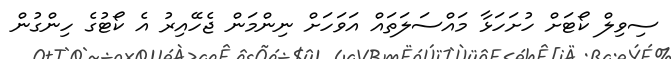
ސިވިލް ކޯޓަށް ހުށަހަޅާ މައްސަލަތައް އަވަހަށް ނިންމަން ޖެހޭއިރު އެ ކޯޓުގެ ހިންގުން